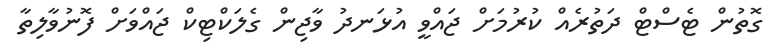
ގޮތުން ޓެސްޓް ދަތުރެއް ކުރުމަށް ޖައްވީ އުޅަނދު ވާޖިން ގެލަކްޓިކް ޖައްވަށް ފޮނުވާލިތާ